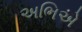
અભિએ